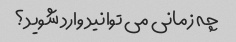
چه زمانی می توانید وارد شوید؟